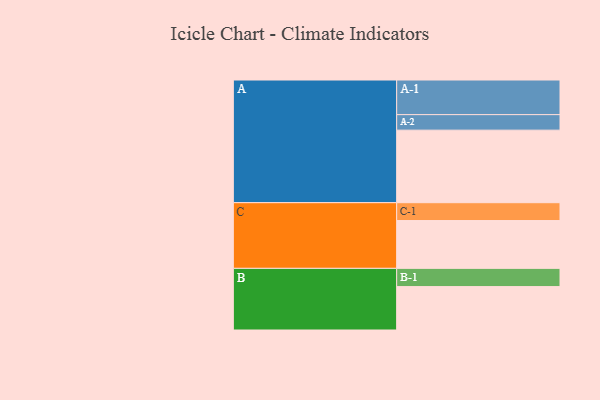
{"axis": {"x": "Segment", "y": "Value"}, "legend": ["", "A", "B", "C"], "data": [{"x": "A", "y": 505, "type": ""}, {"x": "B", "y": 302, "type": ""}, {"x": "C", "y": 333, "type": ""}, {"x": "A-1", "y": 241, "type": "A"}, {"x": "A-2", "y": 108, "type": "A"}, {"x": "B-1", "y": 127, "type": "B"}, {"x": "C-1", "y": 124, "type": "C"}]}